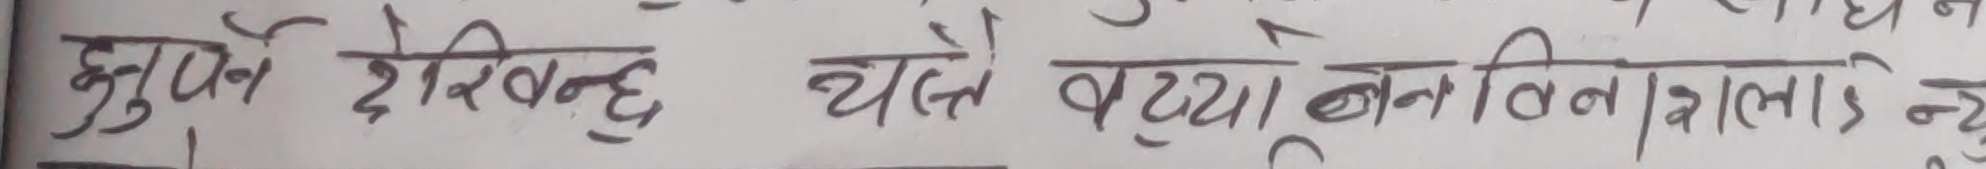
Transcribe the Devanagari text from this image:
मुनुप हेरिबन्छ त्यसै बढ्यो बनबिलाइस न